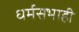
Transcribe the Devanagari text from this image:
धर्मसभाही